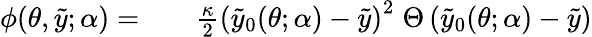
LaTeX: \begin{array}{rlr}{\phi(\theta,\tilde{y};\alpha)=}&{{}}&{\frac{\kappa}{2}\left(\tilde{y}_{0}(\theta;\alpha)-\tilde{y}\right)^{2}\; \Theta\left(\tilde{y}_{0}(\theta;\alpha)-\tilde{y}\right)}\end{array}